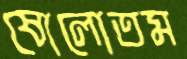
ষোলোতম